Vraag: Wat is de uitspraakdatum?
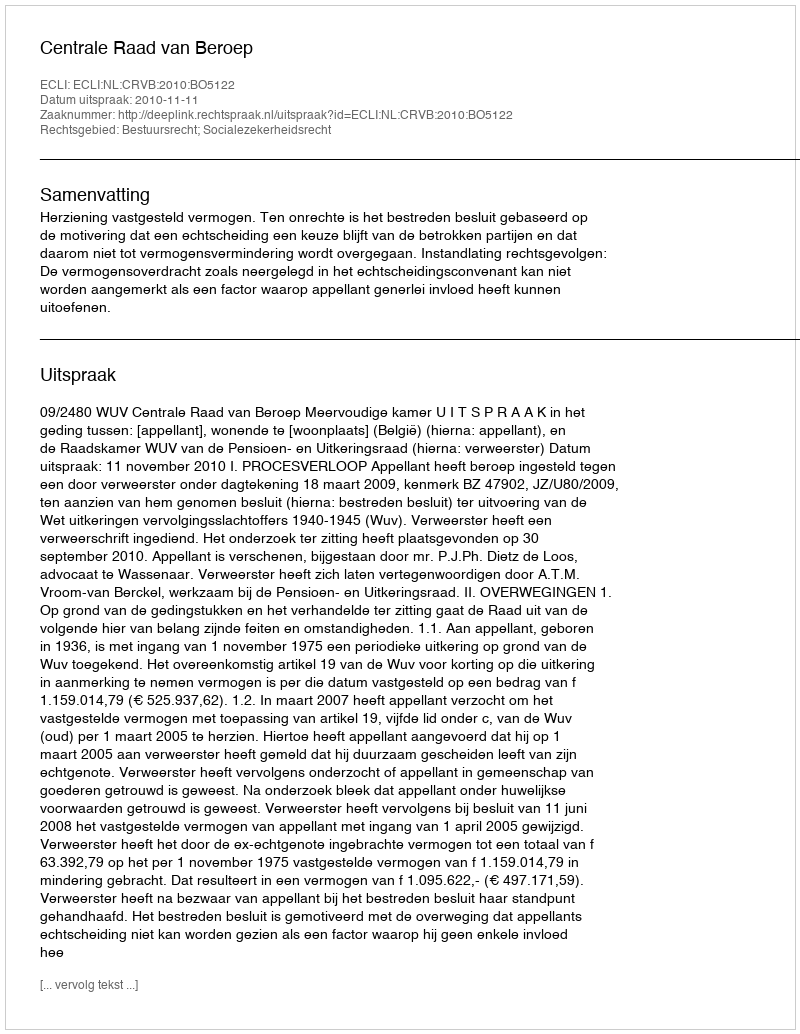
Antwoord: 2010-11-11